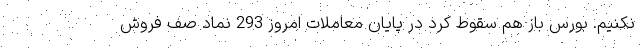
نکنیم. بورس باز هم سقوط کرد در پایان معاملات امروز 293 نماد صف فروش